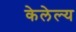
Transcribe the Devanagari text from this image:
केलेल्य